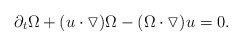
\begin{align*}& \partial_{t}\Omega+(u\cdot\triangledown)\Omega-(\Omega\cdot\triangledown)u=0.\end{align*}